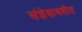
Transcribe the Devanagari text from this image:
संज्ञेबाबतीत